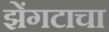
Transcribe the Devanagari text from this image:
झेंगटाचा